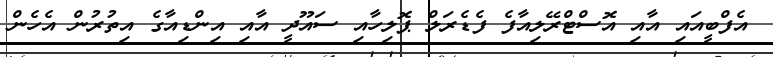
އެފްބީއައި އާއި އޮސްޓްރޭލިއާފެ ފެޑެރަލް ޕޮލިހާއި ސައޫދީ އާއި އިންޑިއާގެ އިތުރުން އެހެން